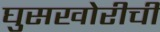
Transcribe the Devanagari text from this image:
घुसखोरीची